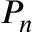
P _ { n }